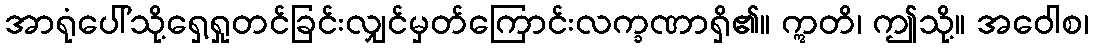
အာရုံပေါ်သို့ရှေ့ရှုတင်ခြင်းလျှင်မှတ်ကြောင်းလက္ခဏာရှိ၏။ ဣတိ၊ ဤသို့။ အဝေါစ၊